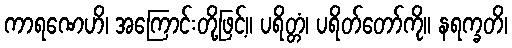
ကာရဏေဟိ၊ အကြောင်းတို့ဖြင့်။ ပရိတ္တံ၊ ပရိတ်တော်ကို။ နရက္ခတိ၊